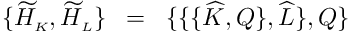
\{ \widetilde { \cal H } _ { \scriptscriptstyle K } , \widetilde { \cal H } _ { \scriptscriptstyle L } \} \; \; = \; \; \{ \{ \{ \widehat { K } , Q \} , \widehat { L } \} , Q \}